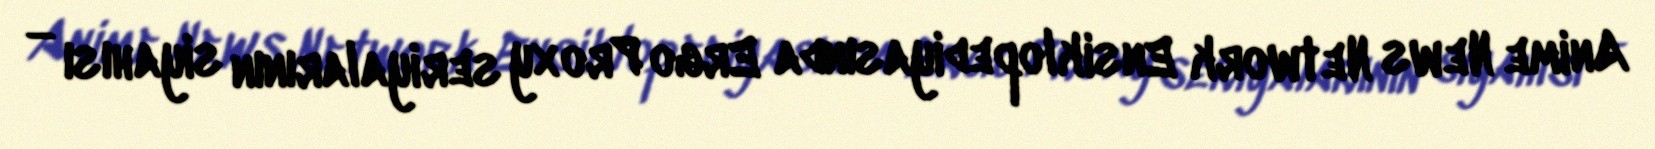
Anime News Network Ensiklopediyasında Ergo Proxy seriyalarının siyahısı —